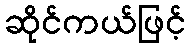
ဆိုင်ကယ်ဖြင့်